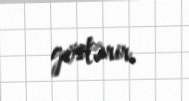
göstərir.